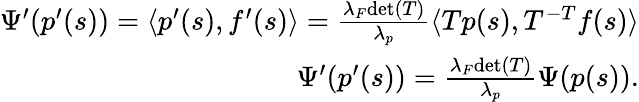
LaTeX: \begin{array}{r}{\Psi^{\prime}(p^{\prime}(s))=\langle p^{\prime}(s),f^{\prime}(s)\rangle=\frac{\lambda_{F}\mathrm{det}(T)}{\lambda_{p}}\langle Tp(s),T^{-T}f(s)\rangle}\\ {\Psi^{\prime}(p^{\prime}(s))=\frac{\lambda_{F}\mathrm{det}(T)}{\lambda_{p}}\Psi(p(s)).}\end{array}